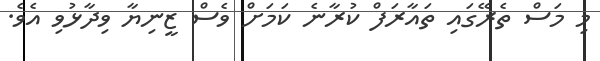
މި މަސް ތެރޭގައި ތައާރަފް ކުރާނެ ކަމަށް ވެސް ޒީނިޔާ ވިދާޅުވި އެވެ.